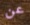
عن